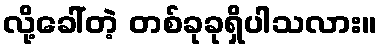
လို့ခေါ်တဲ့ တစ်ခုခုရှိပါသလား။